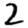
Digit: 2